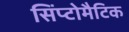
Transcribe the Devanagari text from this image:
सिंप्टोमैटिक